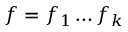
f = f _ { 1 } \ldots f _ { k }